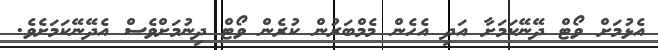
އެޅުމަށް ވޯޓް ދޭނޭކަމަށާ އަދި އެހެން މެމްބަރުން ކުރެން ވޯޓް ދިނުމަށްވެސް އެދޭނޭކަމަށެވެ.